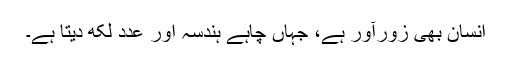
انسان بھی زورآور ہے، جہاں چاہے ہندسہ اور عدد لکھ دیتا ہے۔